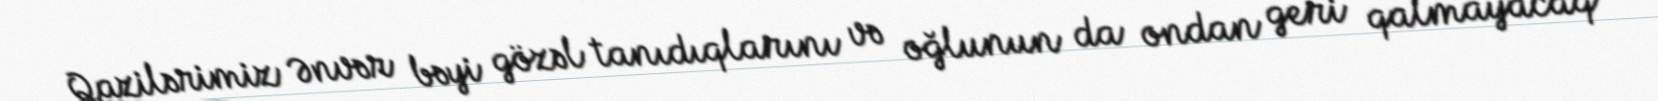
Qazilərimiz Ənvər bəyi gözəl tanıdıqlarını və oğlunun da ondan geri qalmayacaq